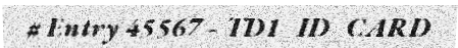
# Entry 45567 - TD1_ID_CARD